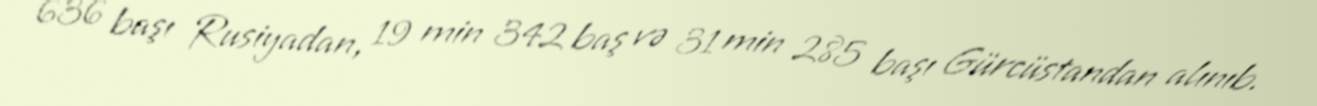
636 başı Rusiyadan, 19 min 342 baş və 31 min 285 başı Gürcüstandan alınıb.